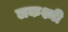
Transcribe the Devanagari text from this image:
लकश्मी